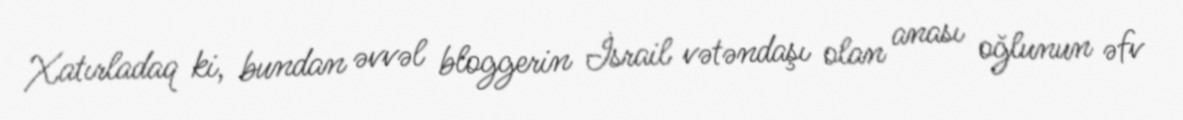
Xatırladaq ki, bundan əvvəl bloggerin İsrail vətəndaşı olan anası oğlunun əfv